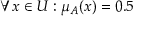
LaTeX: \forall x \in U : \mu _ { A } ( x ) = 0 . 5